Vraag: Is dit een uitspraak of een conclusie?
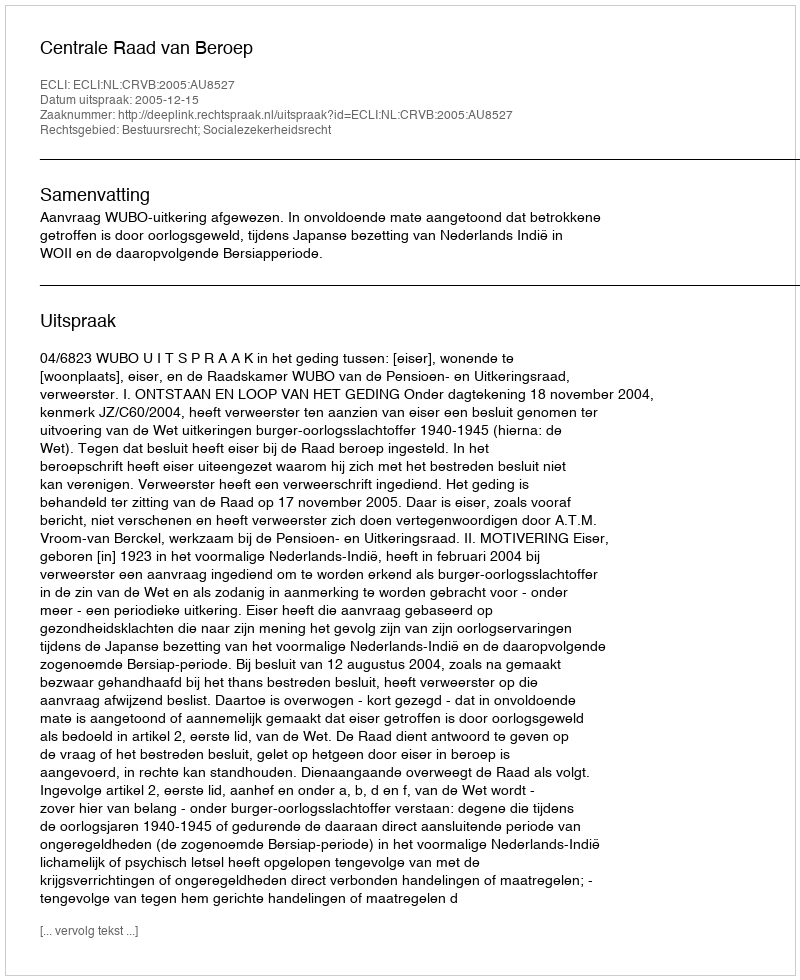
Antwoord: Uitspraak